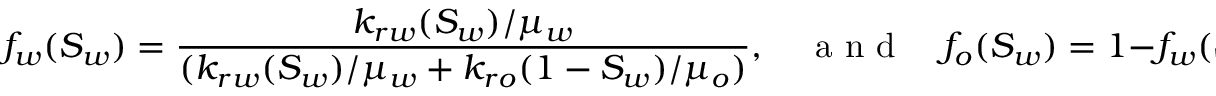
f _ { w } ( S _ { w } ) = \frac { k _ { r w } ( S _ { w } ) / \mu _ { w } } { ( k _ { r w } ( S _ { w } ) / \mu _ { w } + k _ { r o } ( 1 - S _ { w } ) / \mu _ { o } ) } , \quad \mathrm { ~ a ~ n ~ d ~ } \quad f _ { o } ( S _ { w } ) = 1 - f _ { w } ( S _ { w } ) ,